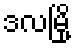
ဒလမြို့